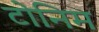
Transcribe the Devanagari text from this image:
टोनिम